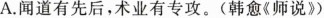
A.闻道有先后，术业有专攻。(韩愈《师说》)